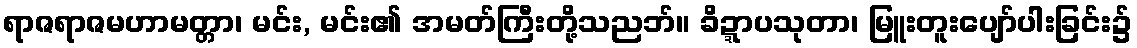
ရာဇရာဇမဟာမတ္တာ၊ မင်း, မင်း၏ အမတ်ကြီးတို့သညဘ်။ ခိဍ္ဍာပသုတာ၊ မြူးတူးပျော်ပါးခြင်း၌